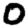
Digit: 0